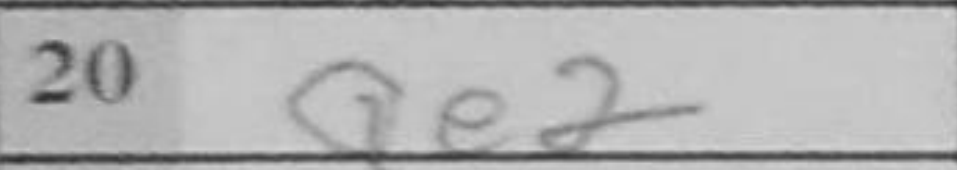
Transcription: Qe2